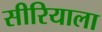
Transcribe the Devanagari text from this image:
सीरियाला